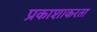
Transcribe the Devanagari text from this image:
प्रकाशाकरता